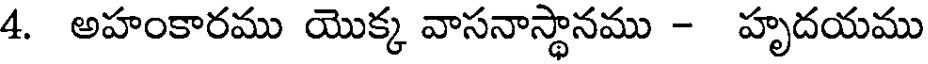
4. అహంకారము యొక్క వాసనాస్థానము - హృదయము